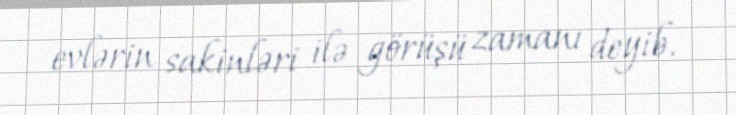
evlərin sakinləri ilə görüşü zamanı deyib.